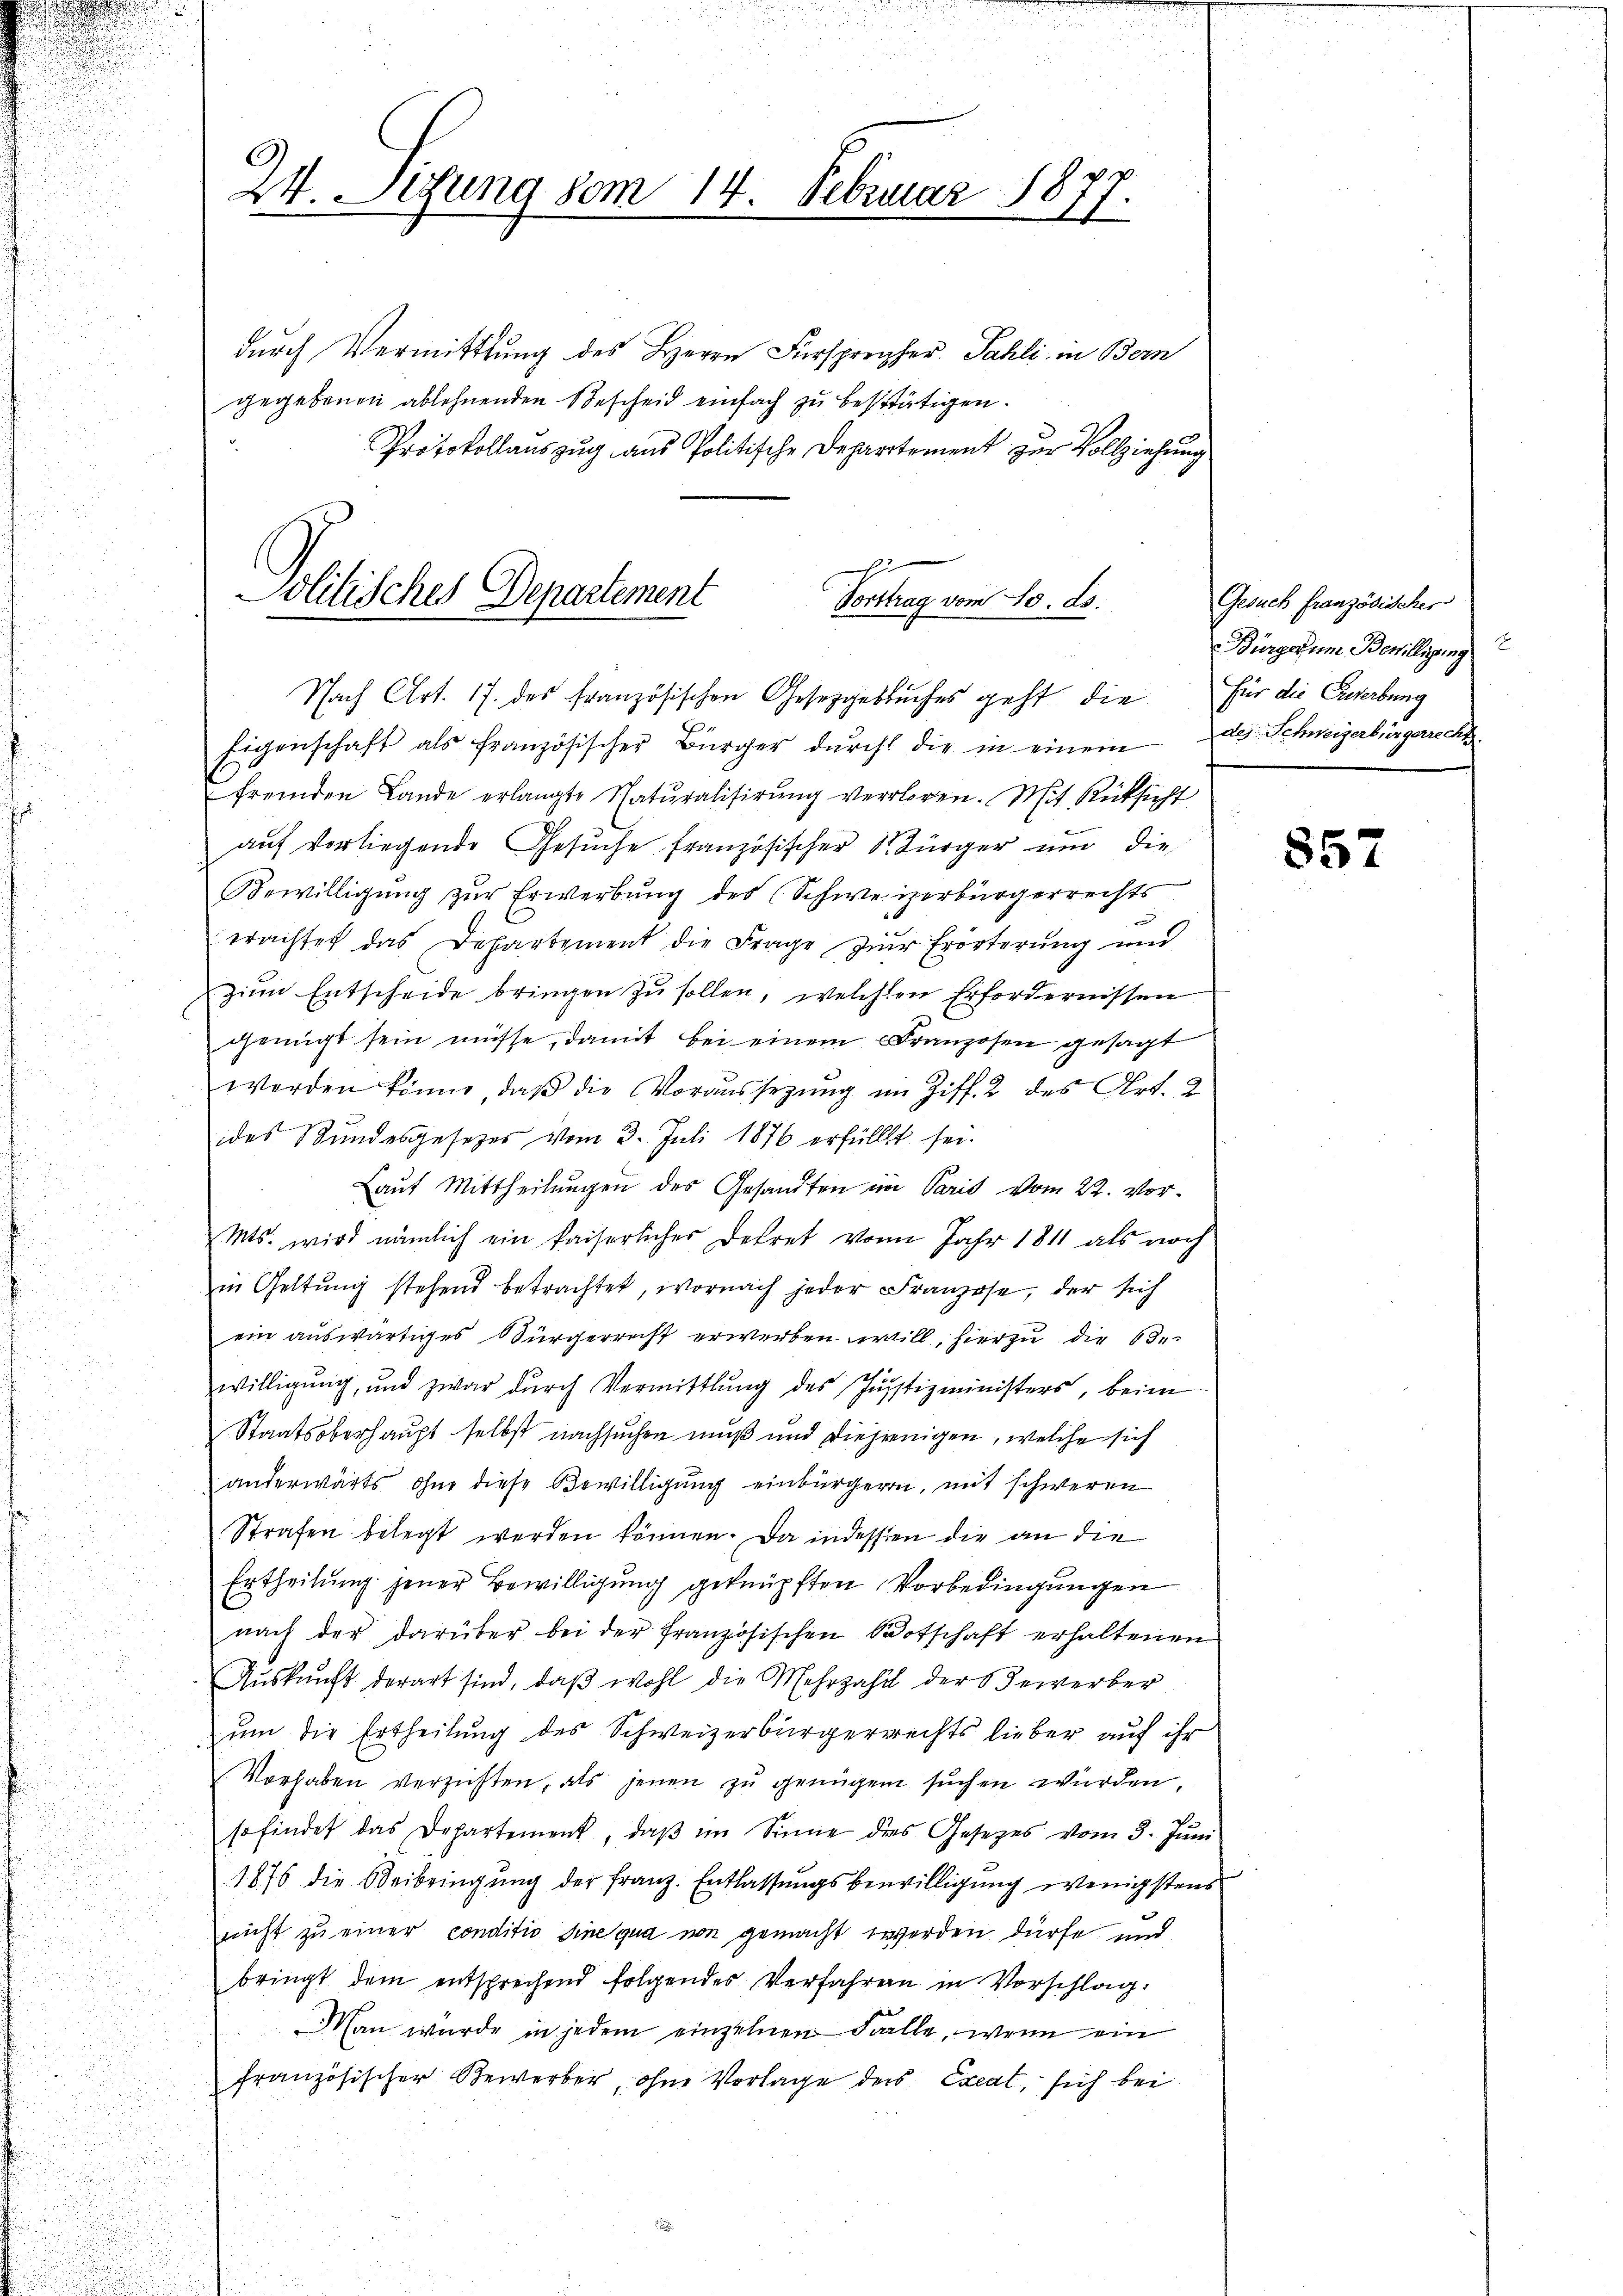
24. Sizung vom 14. Februar 18
1.

durch Vermittlung des Herrn Fürsprecher. Sahli in Bern
gegebenen ablehnenden Bescheid einfach zu bestätigen.
Protokollauszug aus Politische Departement zur Vollziehung

Politisches Departement
Vortrag vom 10. ds.
Nach Art. 17. des französischen Gesetzgebuches geht die für die Gewerbung

Eigenschaft als französischer Bürger dŭrch die in einem des Schweizerbürgerrecht
fremden Lande erlangte Naturalisirŭng verloren. Mit Rücksicht
auf vorliegende Gesuche französischer Bürger um die
Bewilligung zur Erwerbung des Schweizerbürgerrechts
erachtet das Departement die Frage zur Erörterung und
zum Entscheide bringen zu sollen, welchen Erfordernissen
genügt sein müsse, damit bei einem Franzosen gesagt
werden könne, daβ die Voraussetzŭng im Ziff. 2 des Art. 2
des Stundesgesetzes vom 3. Juli 1876 erfüllt sei.
Laut Mittheilungen des Gesandten im Paris vom 22. Vor¬
Mts. wird nämlich ein kaiserlicher Dekret vom Jahr 1811 als noch
in Geltung stehend betrachtet, wornach jeder Franzose, der sich
ein auswärtiges Bürgerrecht erwerben will, hierzu die de
willigŭng, und zwar dŭrch Vermittlung des Jŭstizministers, beim
Staatsoberhaupt selbst nachsuchen muß und diejenigen, welche sich
anderwärts, ohne diese Bewilligung einbürgern, mit schweren
Strafen belegt werden können. Da indessen die an die
Ertheilung jener Bewilligung geknüpften Vorbedingungen
nach der darüber bei der französischen Botschaft erhaltenen
Aŭskŭnft derart sind, daβ wohl die Mehrzahl der Bewerber
um die Ertheilung des Schweizerbürgerrechts lieber auf ihr
Vorhaben verzichten, als jenen zu genügen suchen würden,
so findet das Departement, daβ im Sinne dies Gesetzes vom 3. Jŭni
1876 die Beibringung der Franz. Entlassungsbewilligung wenigstens
nicht zu einer conditio sine qua non gemacht werden dürfe und
bringt dem entsprechend folgendes Verfahren in Vorschlag.
Man wurde in jedem einzelnen Falle, wenn ein
französischer Bewerber, ohne Vorlage der Exeat, sich bei

Gesuch französischer
S
Bürger um Bewilligung

857